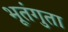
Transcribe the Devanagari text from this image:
भूतंगुता